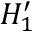
H _ { 1 } ^ { \prime }